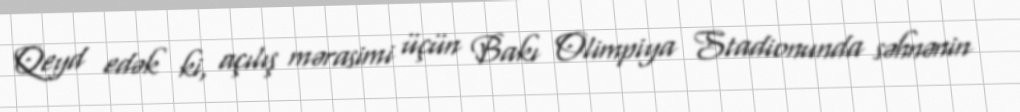
Qeyd edək ki, açılış mərasimi üçün Bakı Olimpiya Stadionunda səhnənin